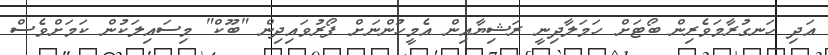
އަދި ހަނގުރާމަވެރިން ބޯޓަށް ހަމަލާދިނީ ރަޝިޔާއިން އެމީހުންނަށް ފޯރުވައިދިން "ބޫކް" މިސައިލަކުން ކަމަށްވެސް